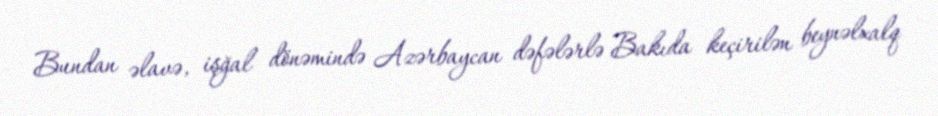
Bundan əlavə, işğal dönəmində Azərbaycan dəfələrlə Bakıda keçirilən beynəlxalq